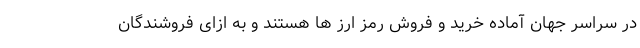
در سراسر جهان آماده خرید و فروش رمز ارز ها هستند و به ازای فروشندگان